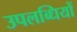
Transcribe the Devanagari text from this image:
उपलब्धियों